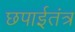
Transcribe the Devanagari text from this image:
छपाईतंत्र